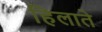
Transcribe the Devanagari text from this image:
हिलाते